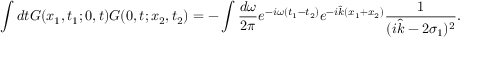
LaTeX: \int d t G ( x _ { 1 } , t _ { 1 } ; 0 , t ) G ( 0 , t ; x _ { 2 } , t _ { 2 } ) = - \int \frac { d \omega } { 2 \pi } e ^ { - i \omega ( t _ { 1 } - t _ { 2 } ) } e ^ { - i \hat { k } ( x _ { 1 } + x _ { 2 } ) } \frac { 1 } { ( i \hat { k } - 2 \sigma _ { 1 } ) ^ { 2 } } .